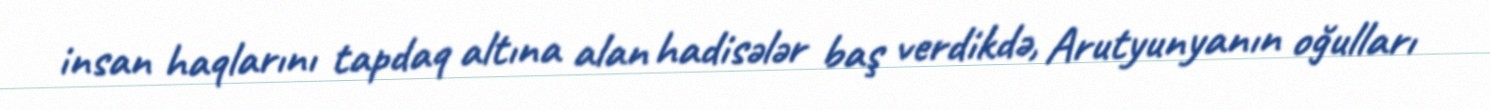
insan haqlarını tapdaq altına alan hadisələr baş verdikdə, Arutyunyanın oğulları